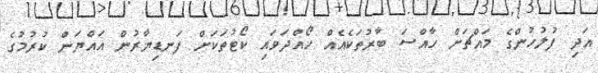
އަދި ފުލުހުންގެ މައްޗަށް ހާއްސަ ބާރުތަކެއެއް ހޯއްދަވައި ކޯޓުތަކަށް ފަނޑިޔާރުން އައްޔަން ކުރުމުގެ